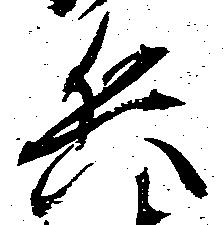
兵